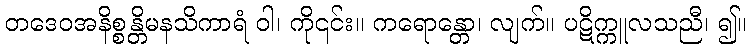
တဒေဝအနိစ္စန္တိမနသိကာရံ ဝါ၊ ကို၎င်း။ ကရောန္တော၊ လျက်။ ပဋိက္ကူလသညီ၊ ၍။